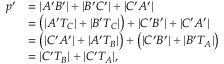
{ \begin{array} { r l } { p ^ { \prime } } & { = | A ^ { \prime } B ^ { \prime } | + | B ^ { \prime } C ^ { \prime } | + | C ^ { \prime } A ^ { \prime } | } \\ & { = { \bigl ( } | A ^ { \prime } T _ { C } | + | B ^ { \prime } T _ { C } | { \bigr ) } + | C ^ { \prime } B ^ { \prime } | + | C ^ { \prime } A ^ { \prime } | } \\ & { = { \bigl ( } | C ^ { \prime } A ^ { \prime } | + | A ^ { \prime } T _ { B } | { \bigr ) } + { \bigl ( } | C ^ { \prime } B ^ { \prime } | + | B ^ { \prime } T _ { A } | { \bigr ) } } \\ & { = | C ^ { \prime } T _ { B } | + | C ^ { \prime } T _ { A } | , } \end{array} }